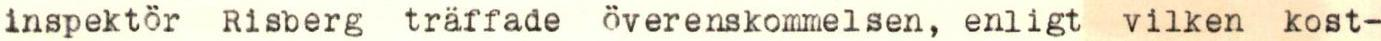
inspektör Risberg träffade överenskommelsen, enligt vilken kost-